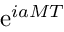
\mathrm { e } ^ { i a M T }